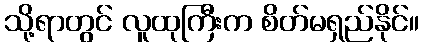
သို့ရာတွင် လူထုကြီးက စိတ်မရှည်နိုင်။